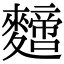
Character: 𪍼